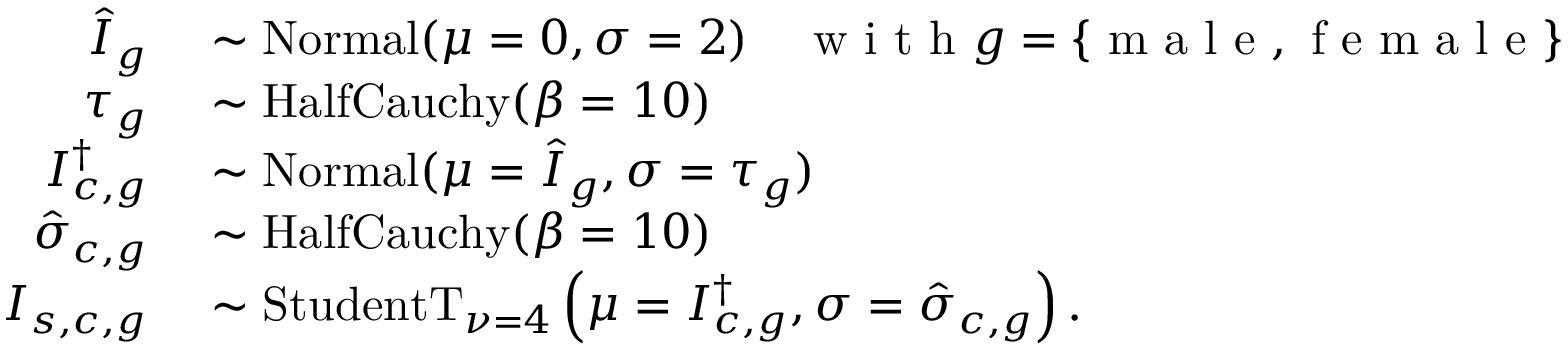
\begin{array} { r l } { \hat { I } _ { g } } & { { } \sim \mathrm { N o r m a l } ( \mu = 0 , \sigma = 2 ) \quad \mathrm { ~ w ~ i ~ t ~ h ~ } g = \{ \mathrm { ~ m ~ a ~ l ~ e ~ , ~ f ~ e ~ m ~ a ~ l ~ e ~ } \} } \\ { \tau _ { g } } & { { } \sim \mathrm { H a l f C a u c h y } ( \beta = 1 0 ) } \\ { I _ { c , g } ^ { \dagger } } & { { } \sim \mathrm { N o r m a l } ( \mu = \hat { I } _ { g } , \sigma = \tau _ { g } ) } \\ { \hat { \sigma } _ { c , g } } & { { } \sim \mathrm { H a l f C a u c h y } ( \beta = 1 0 ) } \\ { I _ { s , c , g } } & { { } \sim \mathrm { S t u d e n t T } _ { \nu = 4 } \left( \mu = I _ { c , g } ^ { \dagger } , \sigma = \hat { \sigma } _ { c , g } \right) . } \end{array}